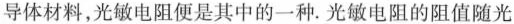
导体材料，光敏电阻便是其中的一种。光敏电阻的阻值随光